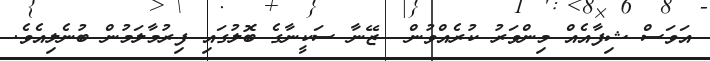
އަވަސް ޝިފާއެއް މިންވަރު ކުރެއްވުން  ޒޭނާ ސަކީނާގެ ބޮލުގައި ފިރުމާލަމުން ބުނެލިއެވެ.